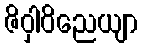
ဇိဝှါဝိညေယျာ